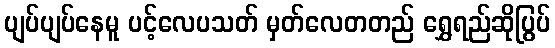
ပျပ်ပျပ်နေမူ ပင့်လေပသတ် မှတ်လေတတည် ရွှေရည်ဆိုပြွပ်